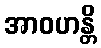
အာဝဟန္တိ